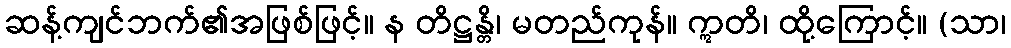
ဆန့်ကျင်ဘက်၏အဖြစ်ဖြင့်။ န တိဋ္ဌန္တိ၊ မတည်ကုန်။ ဣတိ၊ ထို့ကြောင့်။ (သာ၊